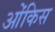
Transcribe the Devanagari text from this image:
ओंकिस